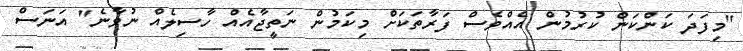
"މިފަދަ ކަންކަން ކުރުމުން އެއްވެސް ފަރާތަކަށް މިކަމުން ނަތީޖާއެއް ހާސިލެއް ނުވާނެ" އަނަސް